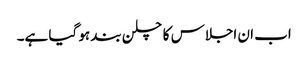
اب ان اجلاس کا چلن بند ہو گیا ہے۔